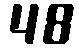
48